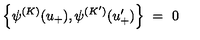
\left\{ \psi ^ { ( K ) } ( u _ { + } ) , \psi ^ { ( K ^ { \prime } ) } ( u _ { + } ^ { \prime } ) \right\} \ = \ 0